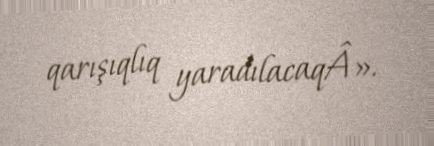
qarışıqlıq yaradılacaqÂ».